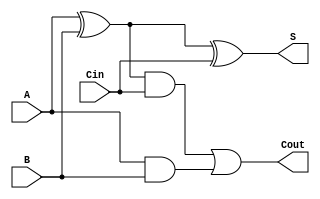
module circuit1_structural (A, B, Cin, S, Cout); //1 bit adder
	input A, B, Cin;
	output S, Cout;
	wire w,ab,w1;
	
	xor xor1(w,A,B);
	xor xor2(S,w,Cin);
	and and1(ab,A,B);
	and and2(w1,w,Cin);
	or or1(Cout,w1,ab);

endmodule